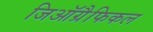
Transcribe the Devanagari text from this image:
जिऑग्रैफिकल